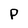
Character: P